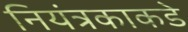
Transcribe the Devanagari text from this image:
नियंत्रकाकडे